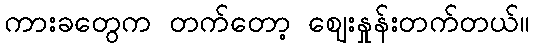
ကားခတွေက တက်တော့ ဈေးနှုန်းတက်တယ်။